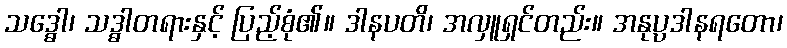
သဒ္ဓေါ၊ သဒ္ဓါတရားနှင့် ပြည့်စုံ၏။ ဒါနပတိ၊ အလှူရှင်တည်း။ အနုပ္ပဒါနရတော၊